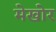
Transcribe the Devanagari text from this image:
मेखोर